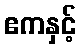
ဧကနှင့်